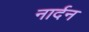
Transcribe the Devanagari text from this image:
नार्दन